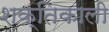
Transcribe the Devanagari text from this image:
शक्‍तिकाली